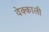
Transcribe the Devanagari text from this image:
वेक्काली